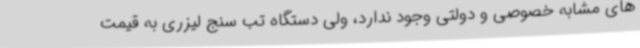
های مشابه خصوصی و دولتی وجود ندارد، ولی دستگاه تب سنج لیزری به قیمت